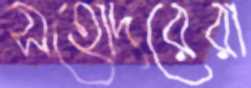
সহোদরেরা